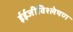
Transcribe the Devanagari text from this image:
ईईजीविश्लेषण